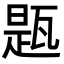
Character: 㼵